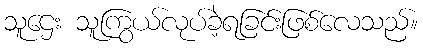
သူဌေး သူကြွယ်လုပ်ခဲ့ရခြင်းဖြစ်လေသည်။